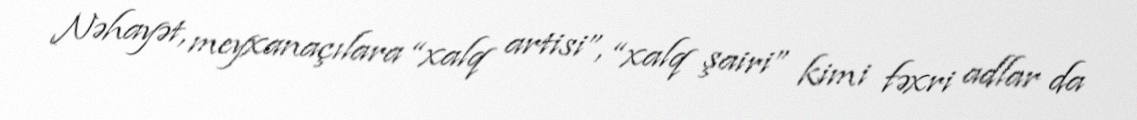
Nəhayət, meyxanaçılara “xalq artisi”, “xalq şairi” kimi fəxri adlar da